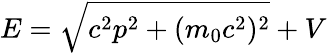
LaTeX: E={\sqrt{c^{2}p^{2}+(m_{0}c^{2})^{2}}}+V